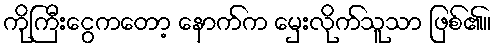
ကိုကြီးငွေကတော့ နောက်က မှေးလိုက်သူသာ ဖြစ်၏။